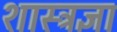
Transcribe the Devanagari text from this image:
शास्त्रज्ञा